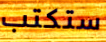
ستكتب